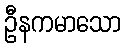
ဦနကမာသော